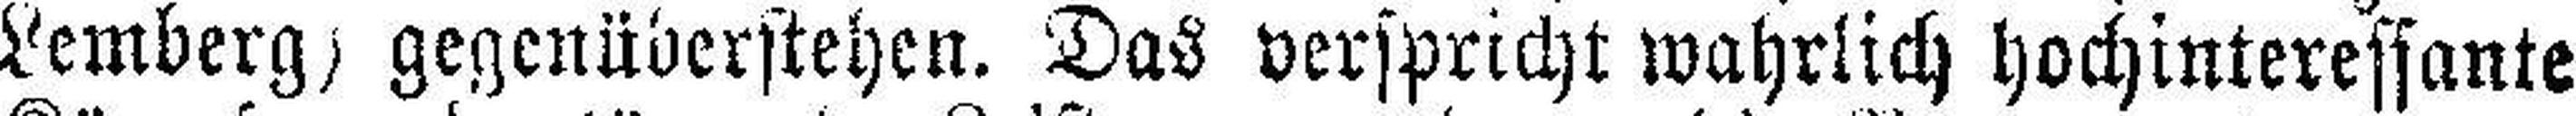
Lemberg) gegenüberstehen. Das verspricht wahrlich hochinteressante